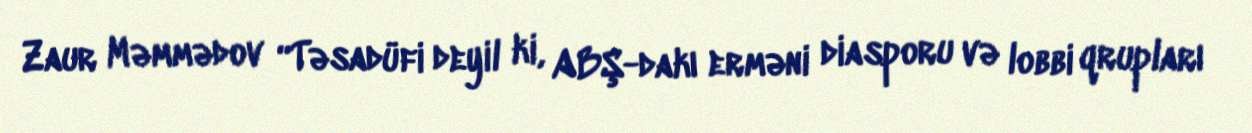
Zaur Məmmədov “Təsadüfi deyil ki, ABŞ-dakı erməni diasporu və lobbi qrupları